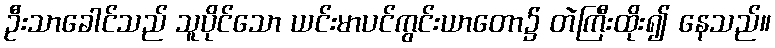
ဦးသာခေါင်သည် သူပိုင်သော ယင်းမာပင်ကွင်းယာတော၌ တဲကြီးထိုး၍ နေသည်။